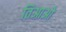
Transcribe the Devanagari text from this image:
तिआओ